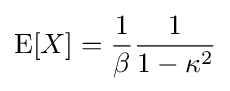
\operatorname {E} [X]={\frac {1}{\beta }}{\frac {1}{1-\kappa ^{2}}}